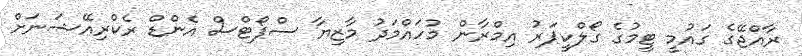
ރާއްޖޭގެ ގައުމީ ޓީމުގެ ގޯލްކީޕަރު އިމްރާން މުހައްމަދު މާޒިޔާ ސްޕޯޓްސް އެންޑް ރެކްރިއޭޝަނަށް